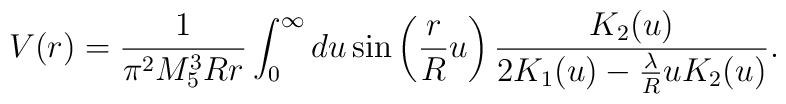
V(r) = \frac{1}{\pi^2 M_5^3 R r} \int_0^{\infty} du \sin \left( \frac{r}{R} u \right)\frac{K_2(u)}{2 K_1(u) - \frac{\lambda}{R} u K_2(u)}.